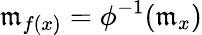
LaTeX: {\mathfrak{m}}_{f(x)}=\phi^{-1}({\mathfrak{m}}_{x})